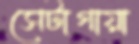
সেটাগায়া